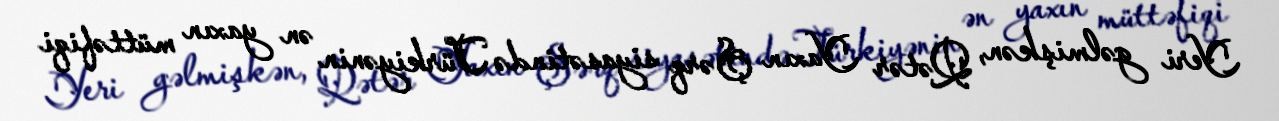
Yeri gəlmişkən, Qətər Yaxın Şərq siyasətində Türkiyənin ən yaxın müttəfiqi